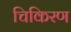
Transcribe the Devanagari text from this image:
चिकिरण